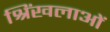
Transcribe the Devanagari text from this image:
श्रिंखलाओं